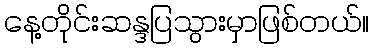
နေ့တိုင်းဆန္ဒပြသွားမှာဖြစ်တယ်။